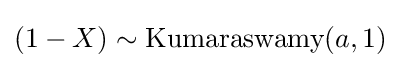
(1-X)\sim {\textrm {Kumaraswamy}}(a,1)